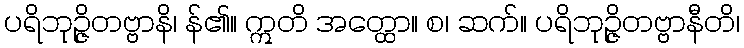
ပရိဘုဉ္ဇိတဗ္ဗာနိ၊ န်၏။ ဣတိ အတ္ထော။ စ၊ ဆက်။ ပရိဘုဉ္ဇိတဗ္ဗာနီတိ၊